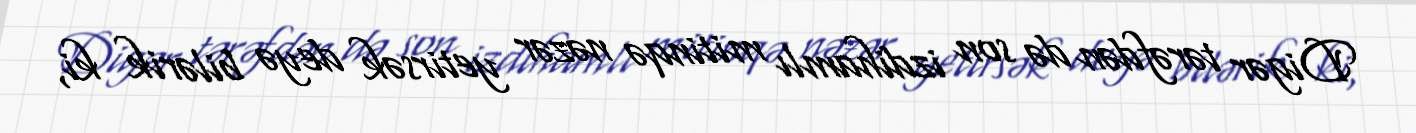
Digər tərəfdən də son izdihamlı mitinqə nəzər yetirsək deyə bilərik ki,